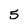
Character: 5